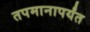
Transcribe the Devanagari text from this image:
तपमानापर्यंत